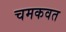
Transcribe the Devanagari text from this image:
चमकवत